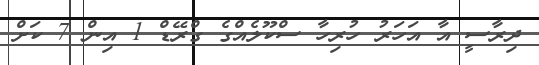
ދިރާސީ އާ އަހަރު ހުރިހާ ސްކޫލެއްގެ ގްރޭޑް 1 އިން 7 ކަށް